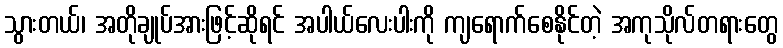
သွားတယ်၊ အတိုချုပ်အားဖြင့်ဆိုရင် အပါယ်လေးပါးကို ကျရောက်စေနိုင်တဲ့ အကုသိုလ်တရားတွေ